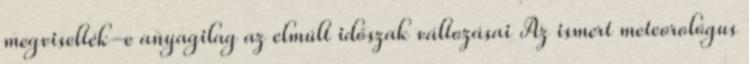
meg­vi­sel­ték-e anya­gi­lag az el­múlt idő­szak vál­to­zá­sai Az is­mert me­te­o­ro­ló­gus